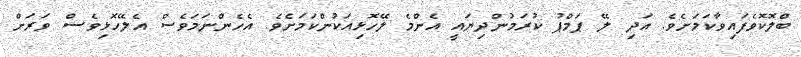
ބްލޮކޮވެފައިވާކަމަށެވެ. އަދި ލޭ ޕަމްޕު ކުރަމުންދިޔައީ އެންމެ ލޭހޮޅިއަކުންކަމަށެވެ. އެހެންނަމަވެސް އެލޭހޮޅިވެސް ވަރަށް